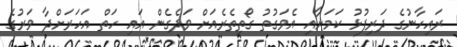
ރައިހާނުގެ ދަރިފުޅު ކަމަށާއި އެވަގުތު ގޯތިތެރެއަށް ވަދެގެން އައި ހަތް އަހަރަށްދާ ވަރުގެ